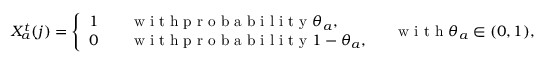
X _ { a } ^ { t } ( j ) = \left\{ \begin{array} { l l } { 1 \quad } & { \mathrm { ~ w ~ i ~ t ~ h ~ p ~ r ~ o ~ b ~ a ~ b ~ i ~ l ~ i ~ t ~ y ~ } \theta _ { a } , } \\ { 0 } & { \mathrm { ~ w ~ i ~ t ~ h ~ p ~ r ~ o ~ b ~ a ~ b ~ i ~ l ~ i ~ t ~ y ~ } 1 - \theta _ { a } , } \end{array} \right. \quad \mathrm { ~ w ~ i ~ t ~ h ~ } \theta _ { a } \in ( 0 , 1 ) , \forall a \in \mathcal { A } .